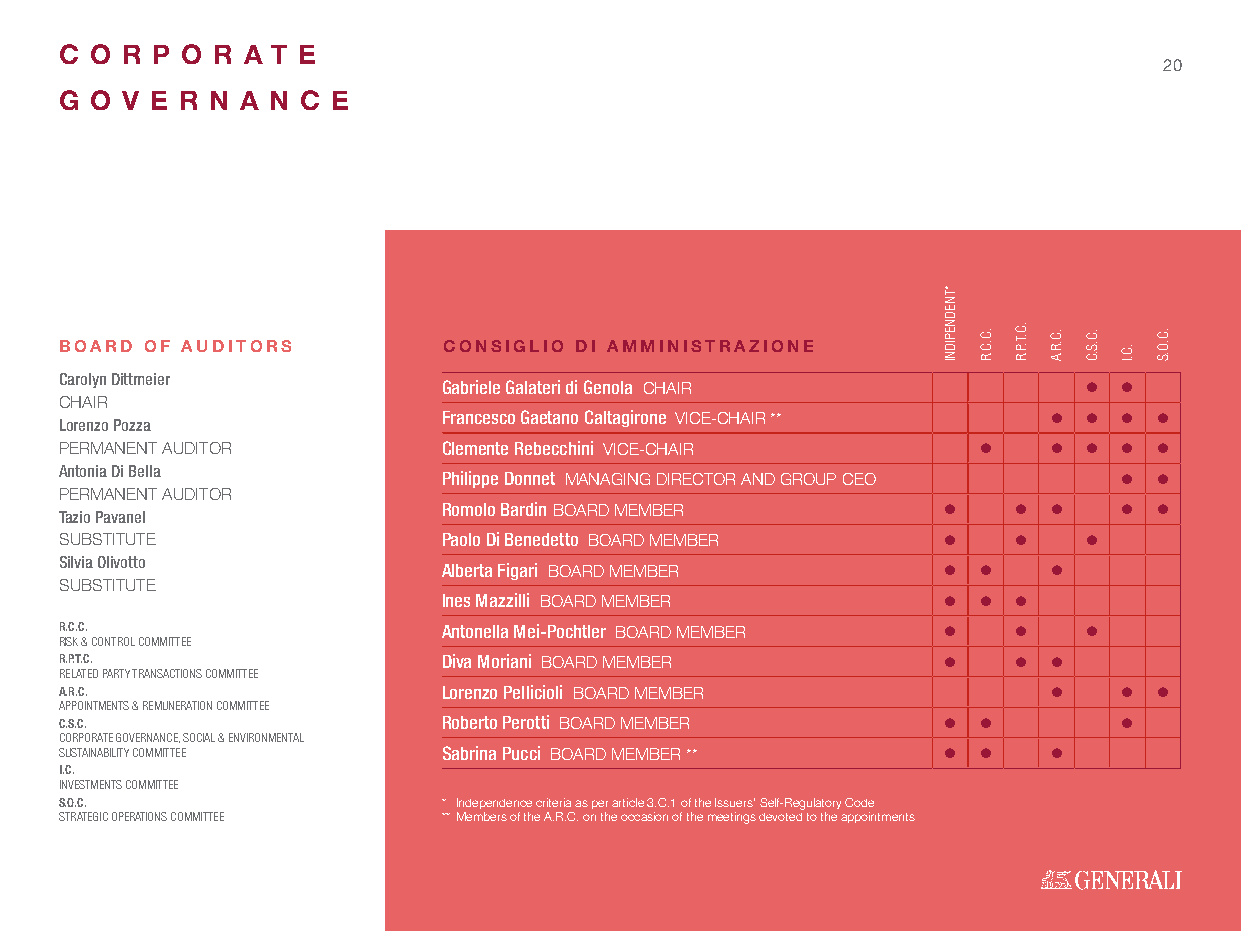
C O R P O R A T E
 20
 G O V E R N A N C E
 BOARD OF AUDITORS        CONSIGLIO DI AMMINISTRAZIONE
 Carolyn Dittmeier
 Gabriele Galateri di Genola CHAIR           
 CHAIR
 Lorenzo Pozza            Francesco Gaetano Caltagirone VICE-CHAIR **    
 PERMANENT AUDITOR        Clemente Rebecchini VICE-CHAIR              
 Antonia Di Bella
 Philippe Donnet MANAGING DIRECTOR AND GROUP CEO  
 PERMANENT AUDITOR
 Tazio Pavanel            Romolo Bardin BOARD MEMBER                  
 SUBSTITUTE               Paolo Di Benedetto BOARD MEMBER          
 Silvia Olivotto
 Alberta Figari BOARD MEMBER            
 SUBSTITUTE
 Ines Mazzilli BOARD MEMBER          
 R.C.C.                   Antonella Mei-Pochtler BOARD MEMBER      
 RISK & CONTROL COMMITTEE
 R.P.T.C.                 Diva Moriani BOARD MEMBER              
 RELATED PARTY TRANSACTIONS COMMITTEE
 A.R.C.                   Lorenzo Pellicioli BOARD MEMBER               
 APPOINTMENTS & REMUNERATION COMMITTEE
 C.S.C.                   Roberto Perotti BOARD MEMBER               
 CORPORATE GOVERNANCE, SOCIAL & ENVIRONMENTAL
 SUSTAINABILITY COMMITTEE Sabrina Pucci BOARD MEMBER **          
 I.C.
 INVESTMENTS COMMITTEE
 S.O.C.                   * Independence criteria as per article 3.C.1 of the Issuers’ Self-Regulatory Code
 STRATEGIC OPERATIONS COMMITTEE ** Members of the A.R.C. on the occasion of the meetings devoted to the appointments
 *TNEDNEPIDNI
 .C.C.R .C.T.P.R .C.R.A .C.S.C
 .C.I
 .C.O.S